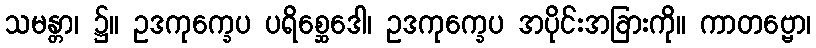
သမန္တာ၊ ၌။ ဥဒကုက္ခေပ ပရိစ္ဆေဒေါ၊ ဥဒကုက္ခေပ အပိုင်းအခြားကို။ ကာတဗ္ဗော၊